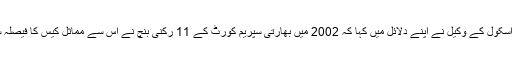
نجی اسکول کے وکیل نے اپنے دلائل میں کہا کہ 2002 میں بھارتی سپریم کورٹ کے 11 رکنی بنچ نے اس سے مماثل کیس کا فیصلہ سنایا۔